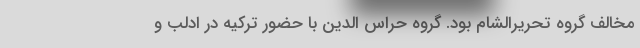
مخالف گروه تحریرالشام بود. گروه حراس الدین با حضور ترکیه در ادلب و